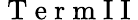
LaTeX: \mathrm{~T~e~r~m~I~I~}